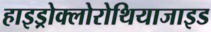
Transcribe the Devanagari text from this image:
हाइड्रोक्लोरोथियाजाइड